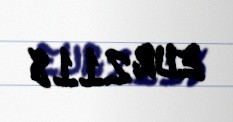
EUR 2118